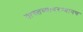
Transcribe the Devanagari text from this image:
वास्तव्यादरम्यानच